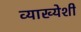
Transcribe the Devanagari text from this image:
व्याख्येशी